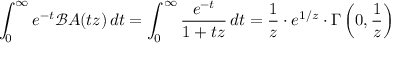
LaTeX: \int _ { 0 } ^ { \infty } e ^ { - t } { \mathcal { B } } A ( t z ) \, d t = \int _ { 0 } ^ { \infty } { \frac { e ^ { - t } } { 1 + t z } } \, d t = { \frac { 1 } { z } } \cdot e ^ { 1 / z } \cdot \Gamma \left( 0 , { \frac { 1 } { z } } \right)